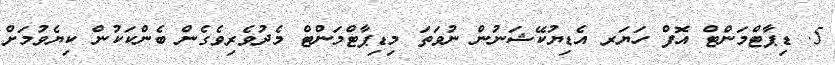
5. ޑިޕާޓްމަންޓް އޮފް ހަޔަރ އެޑިޔުކޭޝަނުން ނުވަތަ މިޑިޕާޓްމަންޓް މެދުވެރިވެގެން ބެންކަކުން ކިޔެވުމަށް